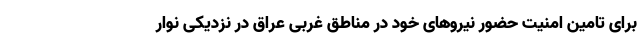
برای تامین امنیت حضور نیروهای خود در مناطق غربی عراق در نزدیکی نوار